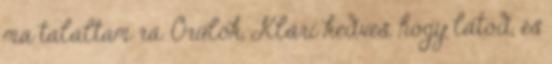
ma találtam rá. Örülök, Klári kedves, hogy látod, és